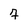
Character: 7